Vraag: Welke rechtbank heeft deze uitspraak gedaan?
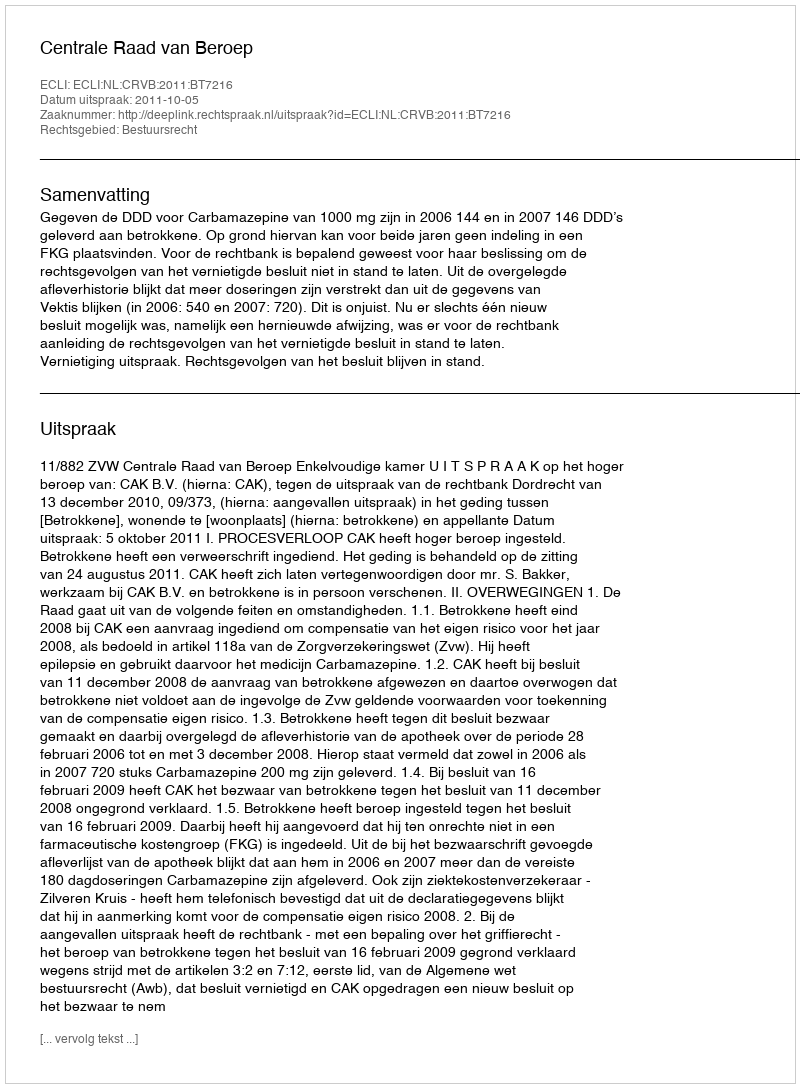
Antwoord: Centrale Raad van Beroep